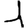
Digit: 1